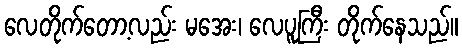
လေတိုက်တော့လည်း မအေး၊ လေပူကြီး တိုက်နေသည်။